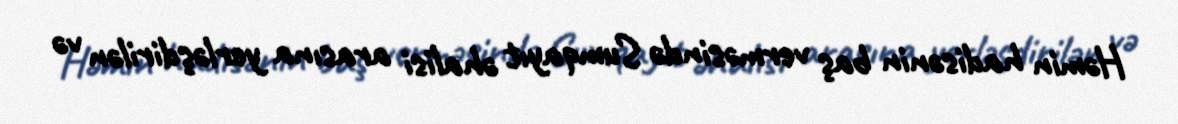
Həmin hadisənin baş verməsində Sumqayıt əhalisi arasına yerləşdirilən və